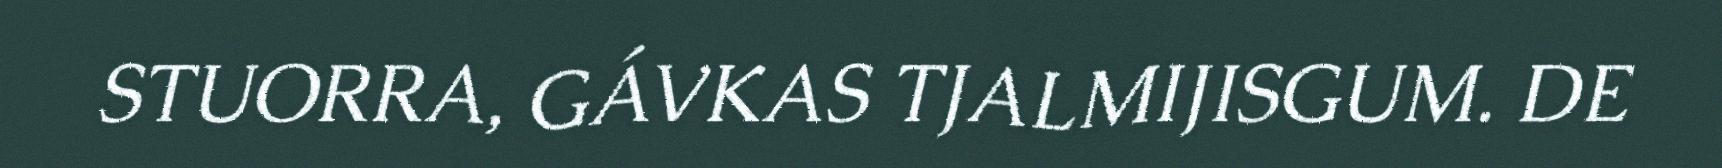
STUORRA, GÁVKAS TJALMIJISGUM. DE